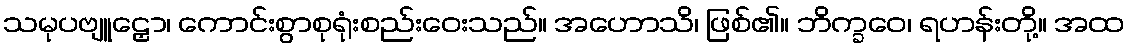
သမုပဗျူဠှော၊ ကောင်းစွာစုရုံးစည်းဝေးသည်။ အဟောသိ၊ ဖြစ်၏။ ဘိက္ခဝေ၊ ရဟန်းတို့။ အထ